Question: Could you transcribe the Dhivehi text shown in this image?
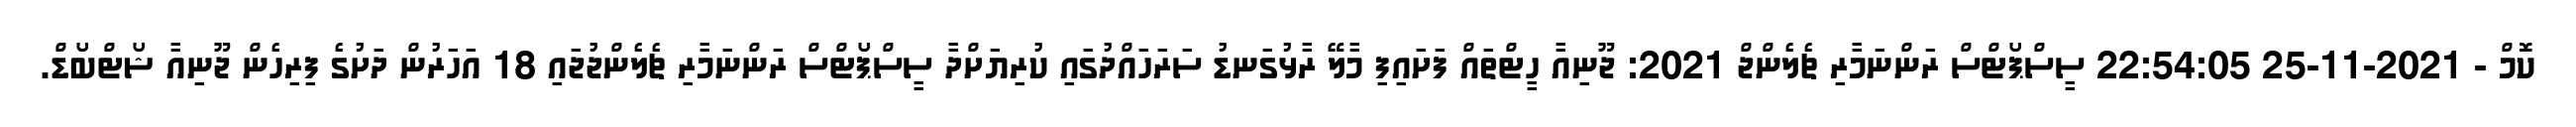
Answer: ކޮމް - 2021-11-25 22:54:05 ސީސްޕޯޓްސް ރަންނަމާރި ޗެލެންޖް 2021: ޖޫނިއާ ހީޓްތައް ފަށައިފި މާލޭ ރާޅުގަނޑު ސަރަހައްދުގައި ކުރިޔަށްދާ ސީސްޕޯޓްސް ރަންނަމާރި ޗެލެންޖުޖައި 18 އަހަރުން ދަށުގެ ފިރިހެން ޖޫނިއާ ޝޯޓްބޯޑް.